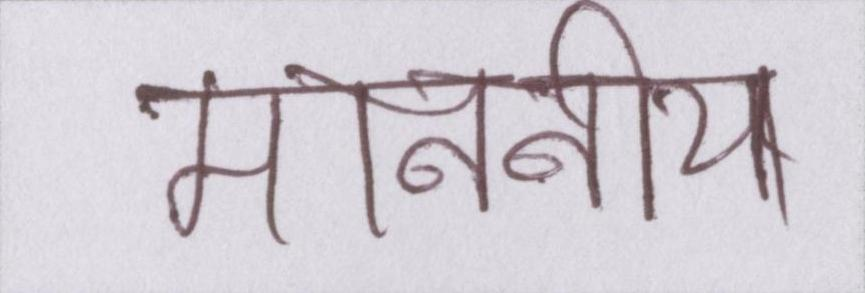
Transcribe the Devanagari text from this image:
माननीय